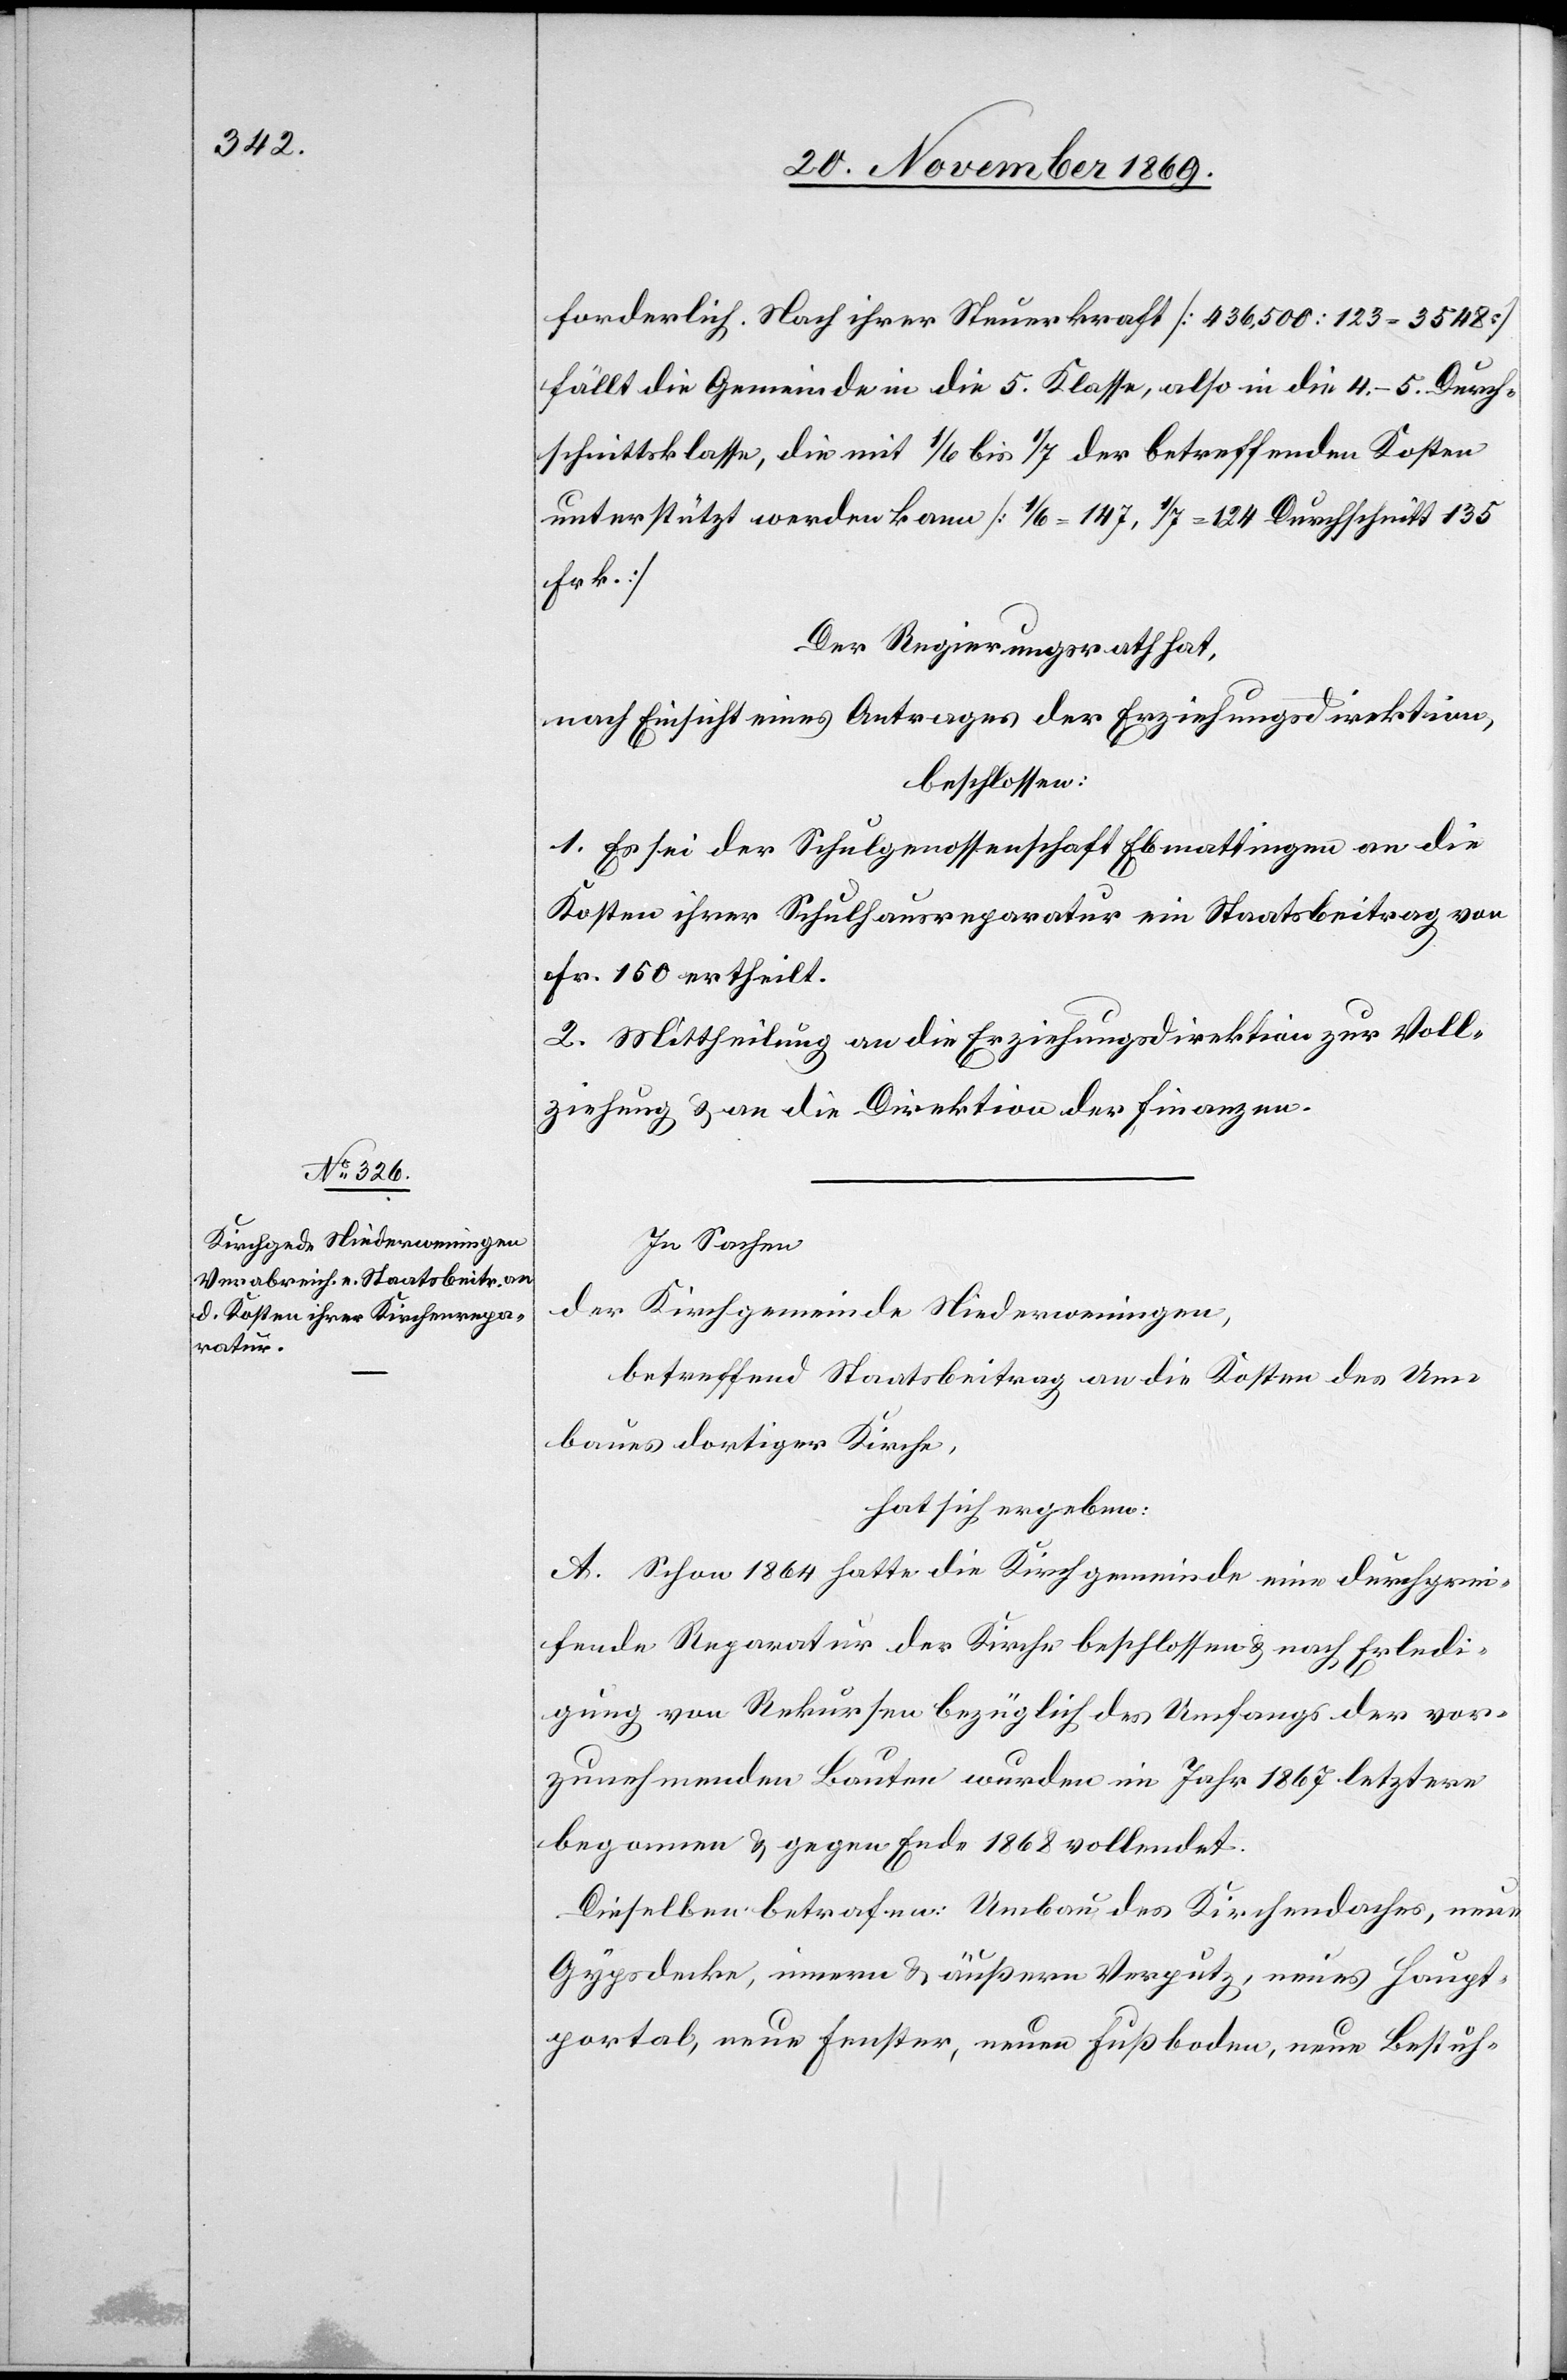
forderlich. Nach ihrer Steuerkraft [436,500 : 123 = 3548]
fällt die Gemeinde in die 5. Klasse, also in die 4.–5. Durch¬
schnittsklasse, die mit 1/6 bis 1/7 der betreffenden Kosten
unterstützt werden kann [1/6 = 147, 1/7 = 124 Durchschnitt 135
Frk.]
Der Regierungsrath hat,
nach Einsicht eines Antrages der Erziehungsdirektion,
beschlossen:
1. Es sei der Schulgenossenschaft Ebmattingen an die
Kosten ihrer Schulhausreparatur ein Staatsbeitrag von
Fr. 150 ertheilt.
2. Mittheilung an die Erziehungsdirektion zur Voll¬
ziehung & an die Direktion der Finanzen.
In Sachen
der Kirchgemeinde Niederweningen,
betreffend Staatsbeitrag an die Kosten des Um¬
baues dortiger Kirche,
hat sich ergeben:
A. Schon 1864 hatte die Kirchgemeinde eine durchgrei¬
fende Reparatur der Kirche beschlossen & nach Erledi¬
gung von Rekursen bezüglich des Umfangs der vor¬
zunehmenden Bauten wurden im Jahr 1867 letztere
begonnen & gegen Ende 1868 vollendet.
Dieselben betrafen: Umbau des Kirchendaches, neue
Gypsdecke, innern & äußern Verputz, neues Haupt¬
portal, neue Fenster, neuen Fußboden, neue Bestuh-